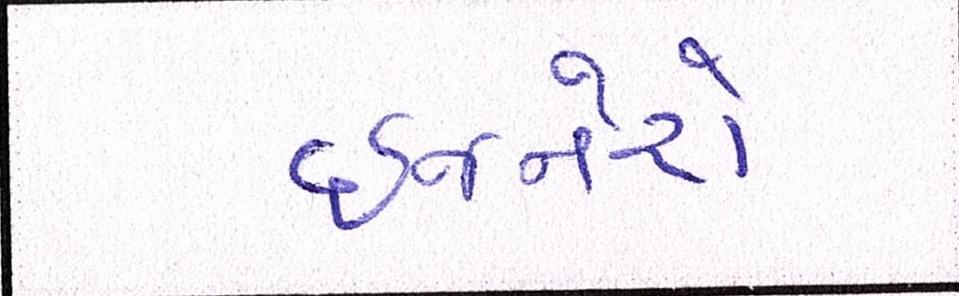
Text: ઈજનેરો